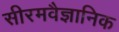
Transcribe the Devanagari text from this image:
सीरमवैज्ञानिक